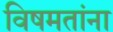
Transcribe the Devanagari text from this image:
विषमतांना